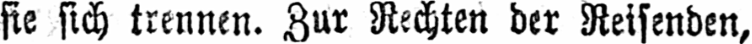
sie sich trennen. Zur Rechten der Reisenden,